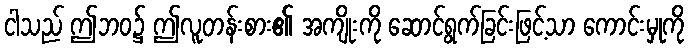
ငါသည် ဤဘဝ၌ ဤလူတန်းစား၏ အကျိုးကို ဆောင်ရွက်ခြင်းဖြင့်သာ ကောင်းမှုကို